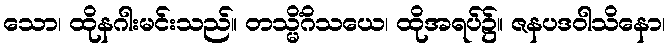
သော၊ ထိုနဂါးမင်းသည်။ တသ္မိံဂိသယေ၊ ထိုအရပ်၌။ ဇနပဒဝါသိနော၊